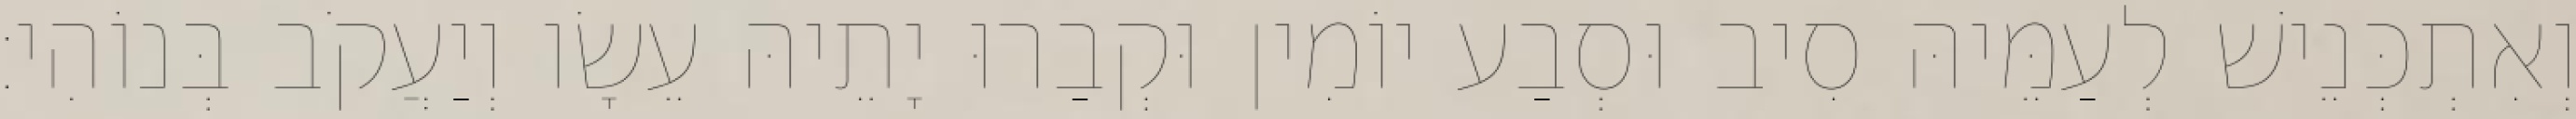
וְאִתְכְּנֵישׁ לְעַמֵּיהּ סִיב וּסְבַע יוֹמִין וּקְבַרוּ יָתֵיהּ עֵשָׂו וְיַעֲקֹב בְּנוֹהִי׃